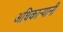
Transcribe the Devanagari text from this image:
अधिकार्‍यानी